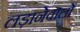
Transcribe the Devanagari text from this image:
लड़ानेवालों